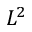
L ^ { 2 }